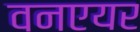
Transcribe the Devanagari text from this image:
वनएयर